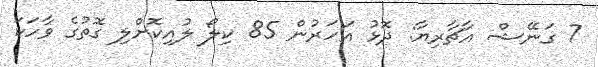
7 ގަނޭޝް އާޗާރިޔާ: ދޮޅު އަހަރުން 85 ކިލޯ ލުއިކޮށްލި ގޮތުގެ ވާހަކަ